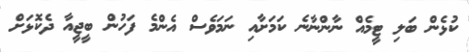
ކުޅެން ބަލި ޓީމެއް ނާންނާނެ ކަމަށާއި ނަމަވެސް އެންމެ ފަހުން ބީޖީއާ ދެކޮޅަށް